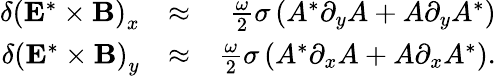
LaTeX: \begin{array}{rlr}{\delta\left({\mathbf E}^{*}\times{\mathbf B}\right)_{x}}&{\approx}&{\frac{\omega}{2}\sigma\left(A^{*}\partial_{y}A+A\partial_{y}A^{*}\right)}\\ {\delta\left({\mathbf E}^{*}\times{\mathbf B}\right)_{y}}&{\approx}&{\frac{\omega}{2}\sigma\left(A^{*}\partial_{x}A+A\partial_{x}A^{*}\right).}\end{array}